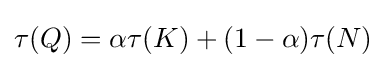
\tau (Q)=\alpha \tau (K)+(1-\alpha )\tau (N)